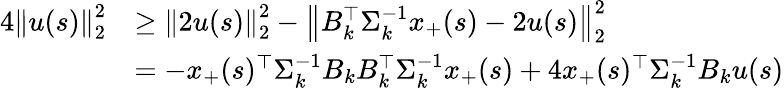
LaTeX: \begin{array}{rl}{4\left\| u(s)\right\| _{2}^{2}}&{\geq\left\| 2u(s)\right\| _{2}^{2}-\left\| B_{k}^{\top}\Sigma_{k}^{-1}x_{+}(s)-2u(s)\right\| _{2}^{2}}\\ &{=-x_{+}(s)^{\top}\Sigma_{k}^{-1}B_{k}B_{k}^{\top}\Sigma_{k}^{-1}x_{+}(s)+4x_{+}(s)^{\top}\Sigma_{k}^{-1}B_{k}u(s)}\end{array}